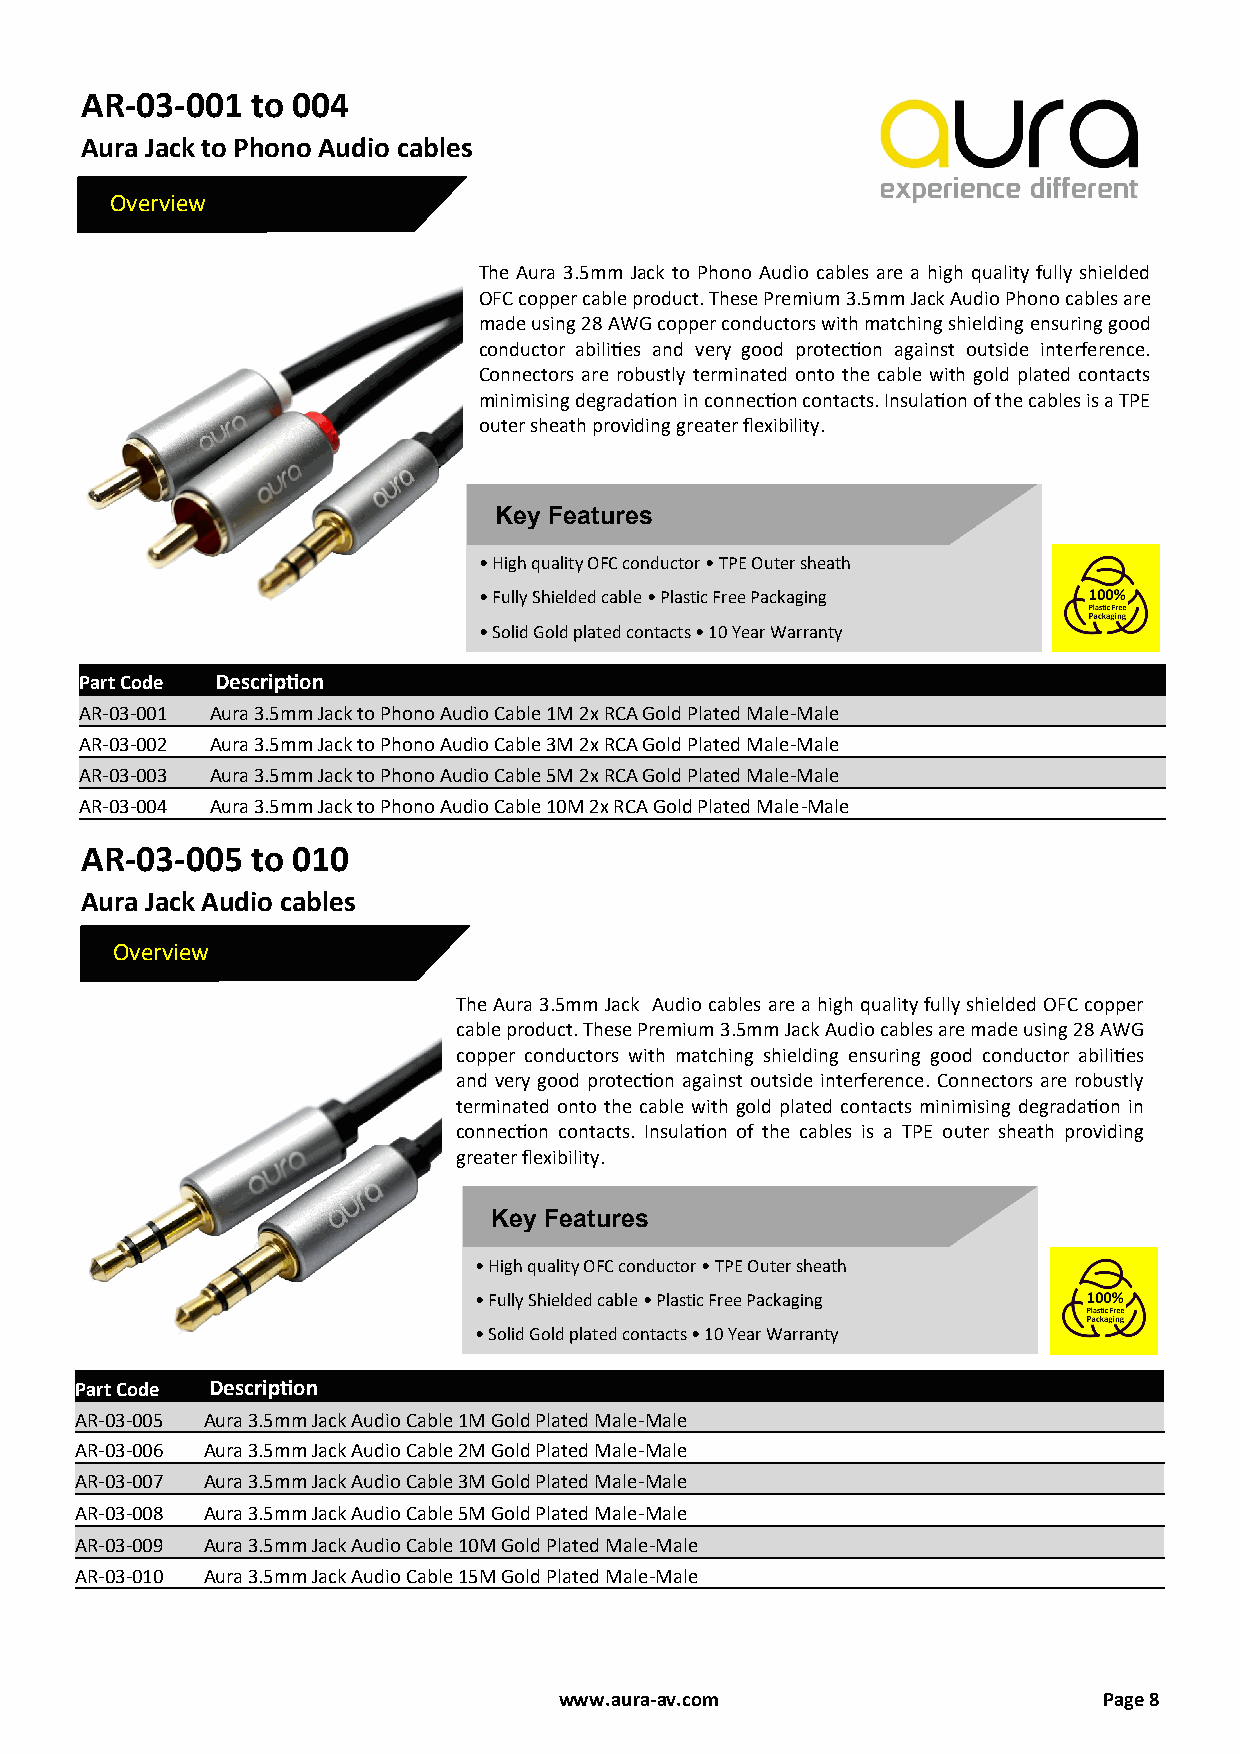
AR-03-001   to 004
 Aura Jack to Phono Audio cables
 Overview
 The Aura 3.5mm Jack to Phono Audio cables are a high quality fully shielded
 OFC copper cable product. These Premium 3.5mm Jack Audio Phono cables are
 made using 28 AWG copper conductors with matching shielding ensuring good
 conductor abilities and very good protection against outside interference.
 Connectors are robustly terminated onto the cable with gold plated contacts
 minimising degradation in connection contacts. Insulation of the cables is a TPE
 outer sheath providing greater flexibility.
 Key Features
 • High quality OFC conductor • TPE Outer sheath
 • Fully Shielded cable • Plastic Free Packaging
 • Solid Gold plated contacts • 10 Year Warranty
 Part Code Description
 AR-03-001 Aura 3.5mm Jack to Phono Audio Cable 1M 2x RCA Gold Plated Male-Male
 AR-03-002 Aura 3.5mm Jack to Phono Audio Cable 3M 2x RCA Gold Plated Male-Male
 AR-03-003 Aura 3.5mm Jack to Phono Audio Cable 5M 2x RCA Gold Plated Male-Male
 AR-03-004 Aura 3.5mm Jack to Phono Audio Cable 10M 2x RCA Gold Plated Male-Male
 AR-03-005   to 010
 Aura Jack Audio cables
 Overview
 The Aura 3.5mm Jack Audio cables are a high quality fully shielded OFC copper
 cable product. These Premium 3.5mm Jack Audio cables are made using 28 AWG
 copper conductors with matching shielding ensuring good conductor abilities
 and very good protection against outside interference. Connectors are robustly
 terminated onto the cable with gold plated contacts minimising degradation in
 connection contacts. Insulation of the cables is a TPE outer sheath providing
 greater flexibility.
 Key Features
 • High quality OFC conductor • TPE Outer sheath
 • Fully Shielded cable • Plastic Free Packaging
 • Solid Gold plated contacts • 10 Year Warranty
 Part Code Description
 AR-03-005 Aura 3.5mm Jack Audio Cable 1M Gold Plated Male-Male
 AR-03-006 Aura 3.5mm Jack Audio Cable 2M Gold Plated Male-Male
 AR-03-007 Aura 3.5mm Jack Audio Cable 3M Gold Plated Male-Male
 AR-03-008 Aura 3.5mm Jack Audio Cable 5M Gold Plated Male-Male
 AR-03-009 Aura 3.5mm Jack Audio Cable 10M Gold Plated Male-Male
 AR-03-010 Aura 3.5mm Jack Audio Cable 15M Gold Plated Male-Male
 www.aura-av.com                     Page 8